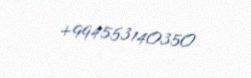
+994553140350